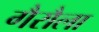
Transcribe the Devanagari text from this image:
गैरौला